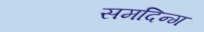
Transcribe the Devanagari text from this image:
समदिन्ग